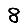
Digit: 8